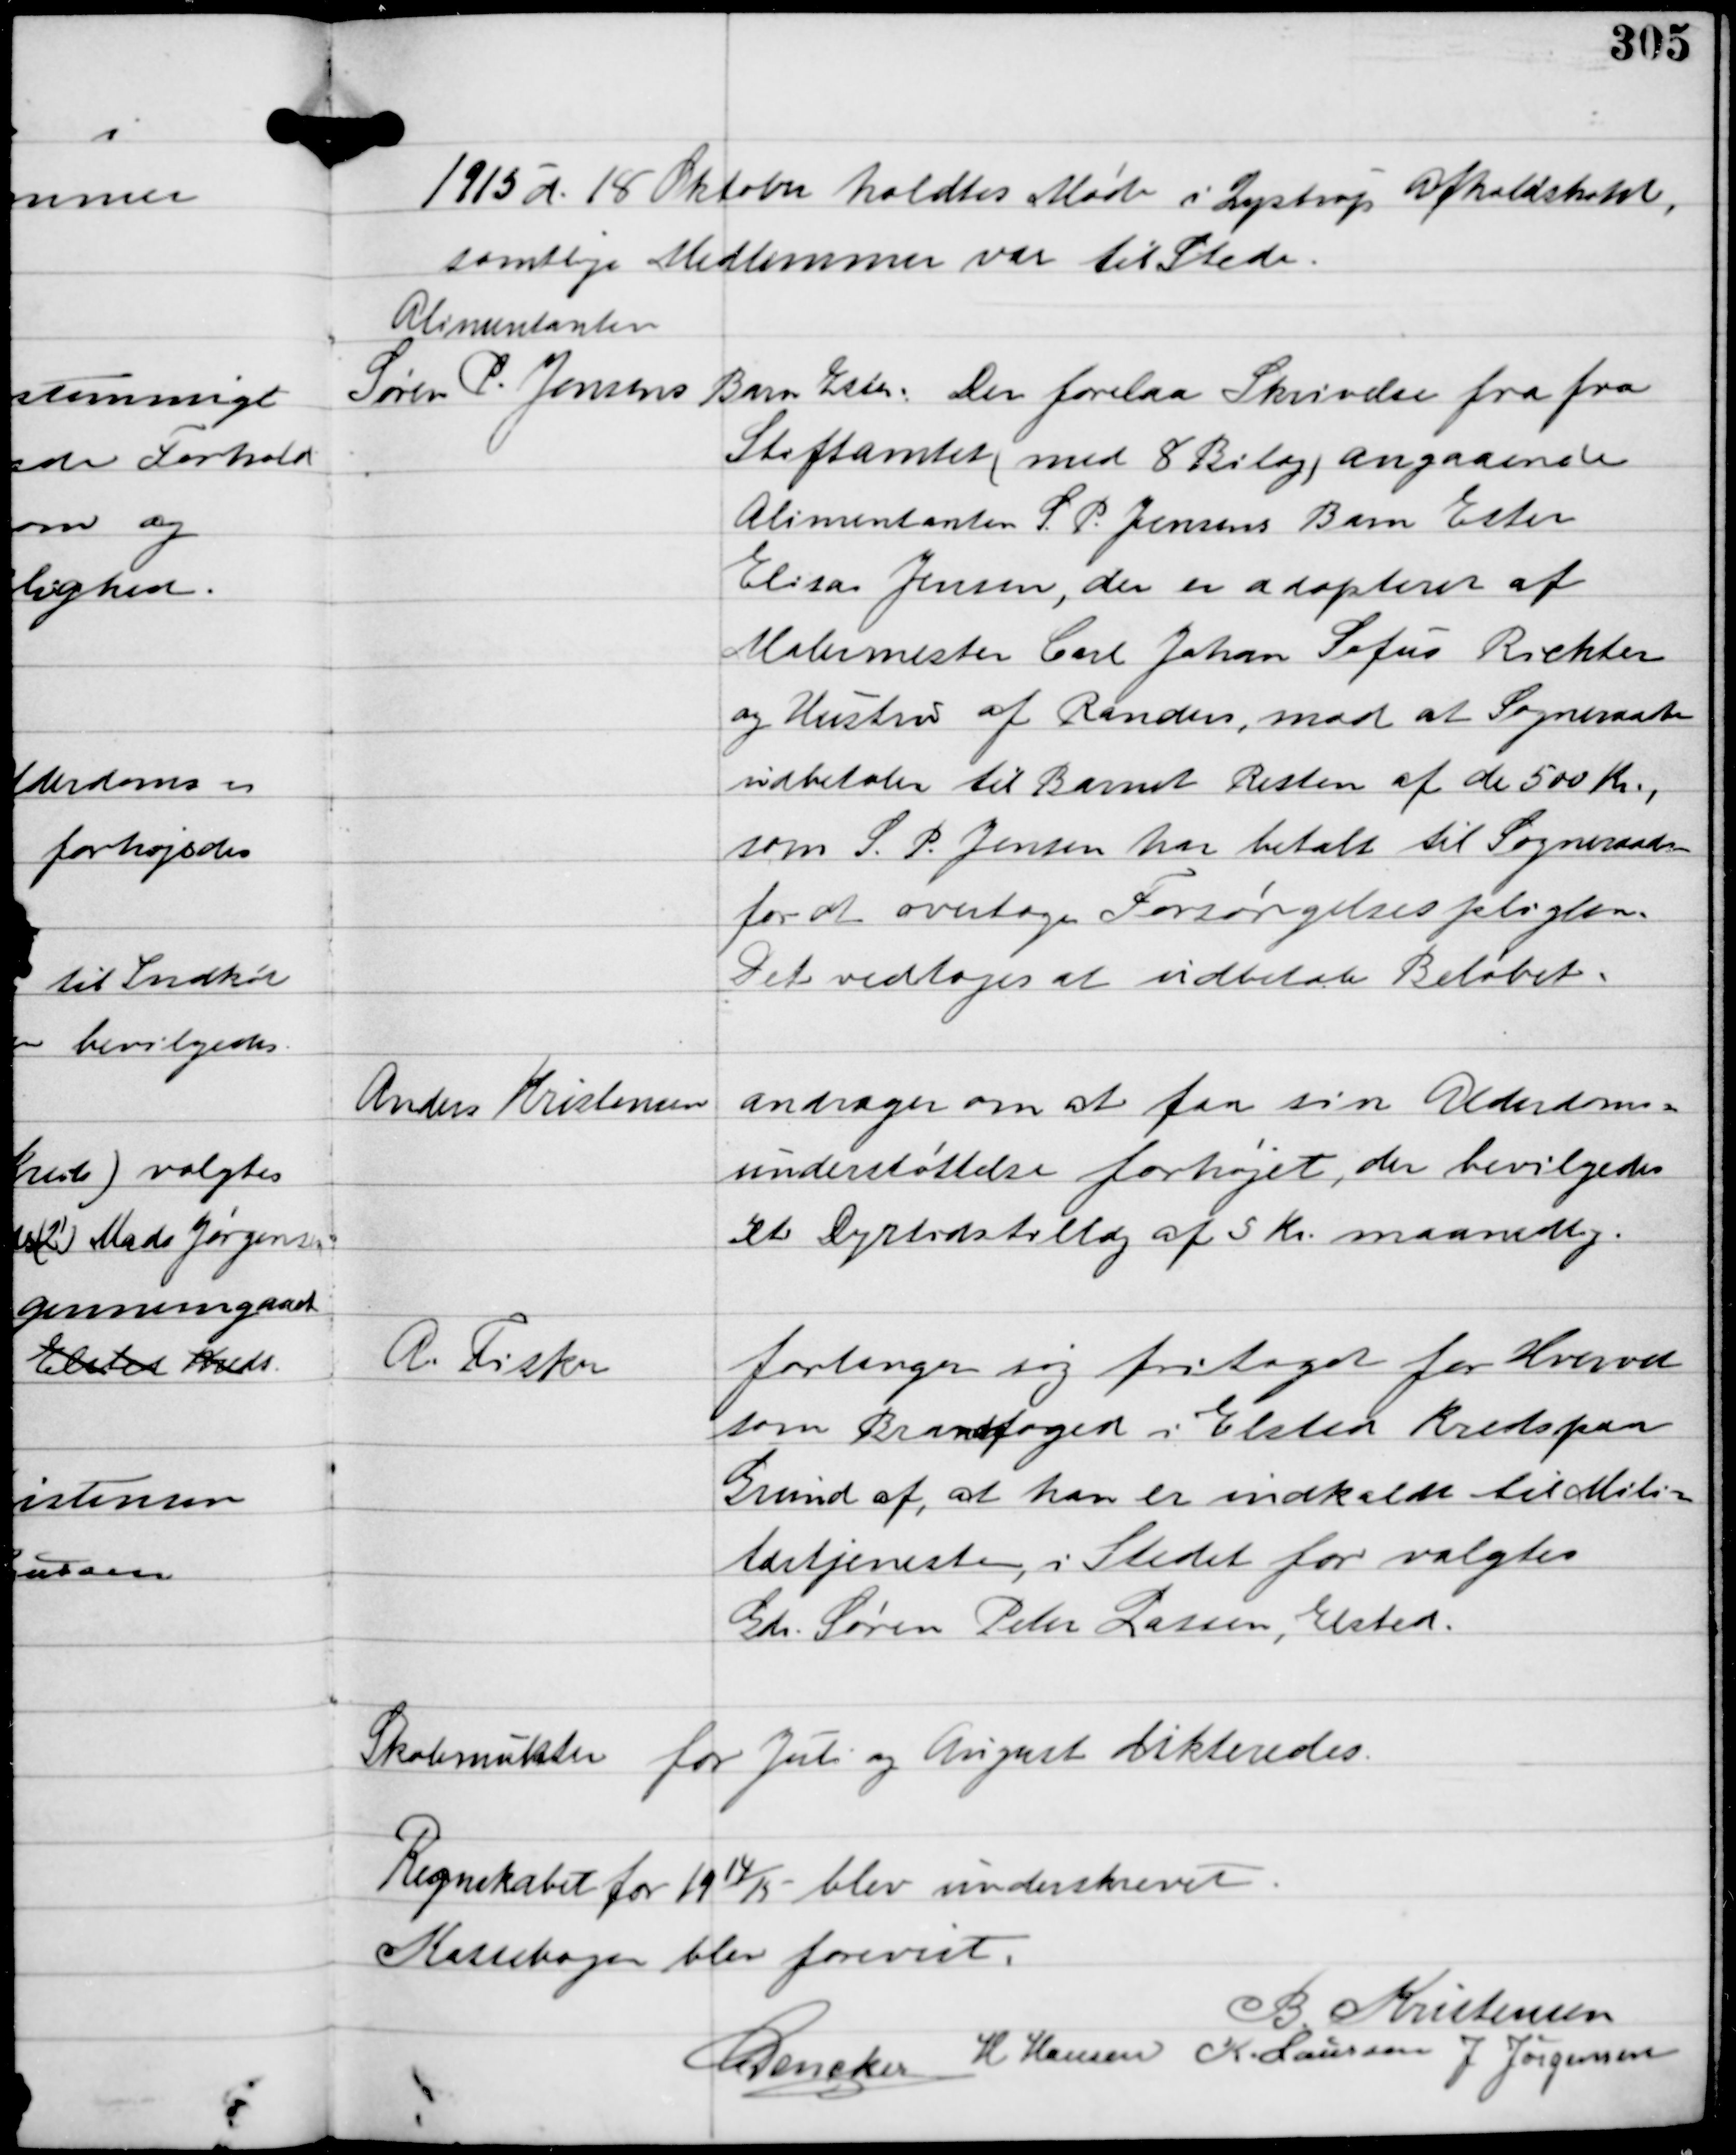
Transskription:
1915 d. 18 Oktober holdtes Møde i Lystrup Afholdshotel,
samtlige Medlemmer var til Stede.

Alimentanten
Søren P. Jensens Barn Ester.

Der forelaa Skrivelse fra fra

Stiftamtet (med 8 Bilag) angaaende
Alimentanten S.P. Jensens Barn Ester
Elias Jensen, der er adopteret af
Malermester Carl Johan Sofus Richter
og Hustru af Randers mod at Sogneraadet
udbetaler til Barnet Resten af de 500 Kr.,
som S.P. Jensen har betalt til Sogneraadet
for at overtage Forsørgelsespligten.
Det vedtoges at udbetale Beløbet.

Anders Kristensen

andrager om at faa sin Alderdoms-
understøttelse forhøjet, der bevilgedes
et Dyrtidstillæg af 5 Kr maanedlig.

R. Fisker

forlanger sig fritaget for Hvervet
som Brandfoged i Elsted Kreds paa
Grund af, at han er indkaldt til Mili-
tærtjeneste, i Stedet for valgtes
Gdr Søren Peter Lassen, Elsted.

Skolemulkter for Juli og August dikteredes.

Regnskabet for 19
14/
15
blev underskrevet.

Kassebogen blev forevist.

B. Kristensen
C Dencker
H Hansen K Laursen
J Jørgensen